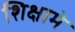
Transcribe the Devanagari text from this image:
शिक्षामे